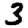
Digit: 3